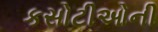
કસોટીઓની